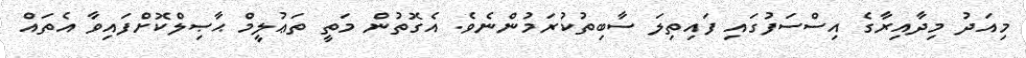
މިއަދު މިދާއިރާގެ އިސްސަފުގައި ފައިތިލަ ސާބިތުކުރަމުންނެވެ. އެގޮތުން މަތީ ތަޢުލީމް ޙާޞިލްކޮށްފައިވާ އެތައް